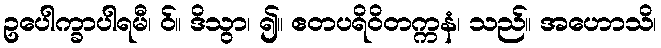
ဥပေါက္ခာပါရမီ၊ ဝ်။ ဒိသွာ၊ ၍။ ဧတပရိဝိတက္ကနံ၊ သည်။ အဟောသိ၊